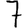
Digit: 7